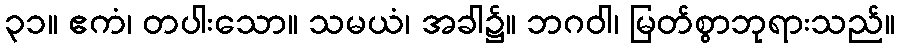
၃၁။ ဧကံ၊ တပါးသော။ သမယံ၊ အခါ၌။ ဘဂဝါ၊ မြတ်စွာဘုရားသည်။